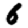
Digit: 6